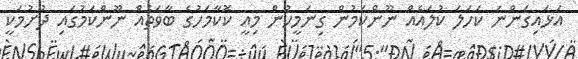
އަޅައިގަންނަ ކަހަލަ ކުލައެއް ނޫންކަމުން ގިނަމީހުން މިއީ ކޮކާމަހުގެ ބާވަތެއް ނޫންކަމުގައި ދުށުމަކީ